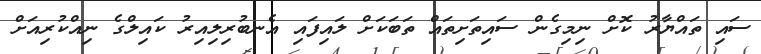
ސައި ތައްޔާރު ކޮށް ނިމިގެން ސައިތަށިތައް ތަބަކަށް ލައިފައި އެނބުރިލިއިރު ކައިލްގެ ނިއްކުރިއަށް